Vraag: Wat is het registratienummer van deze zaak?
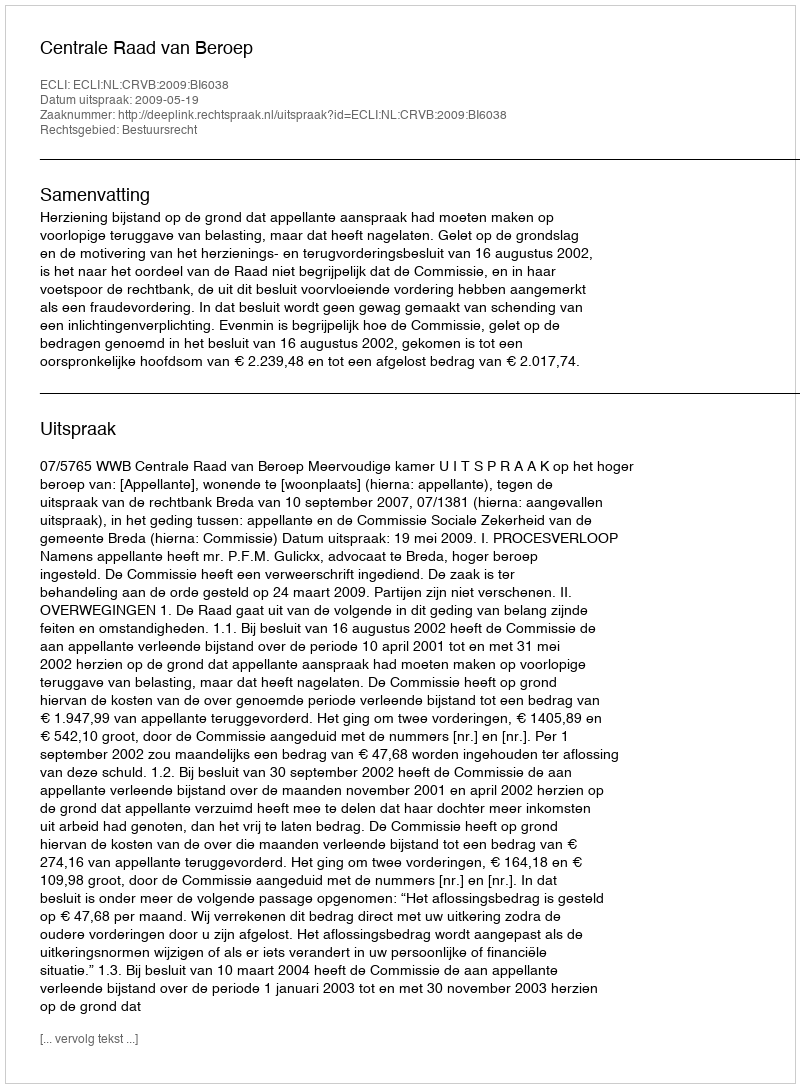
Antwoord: http://deeplink.rechtspraak.nl/uitspraak?id=ECLI:NL:CRVB:2009:BI6038